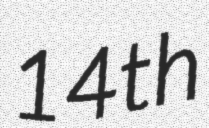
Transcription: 14th